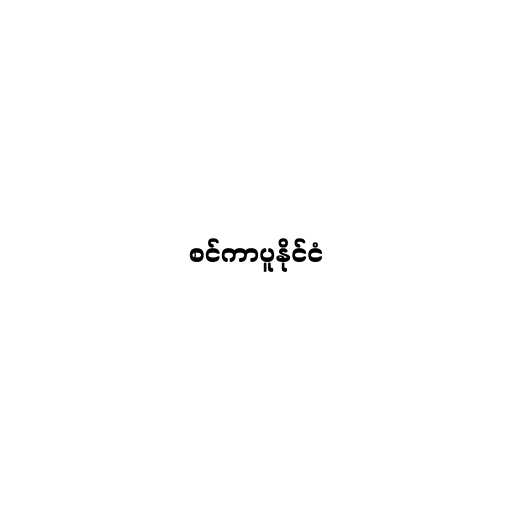
စင်ကာပူနိုင်ငံ